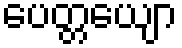
ပေတ္တယျော